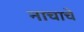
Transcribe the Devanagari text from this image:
नाचाचे